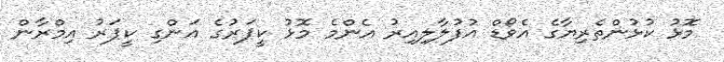
މޮޅު ކުޅުންތެރިޔާގެ އެވޯޑް އުފުލާލިއިރު އެންމެ މޮޅު ކީޕަރުގެ އަންގި ކީޕަރު އިމްރާން